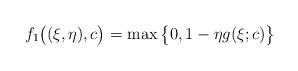
LaTeX: \begin{align*}f_1\big((\xi,\eta),c\big) = \max\big\{0, 1 - \eta g(\xi;c)\big\}\end{align*}